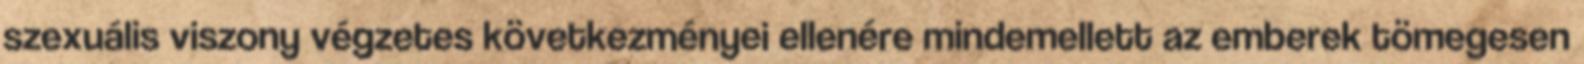
szexuális viszony végzetes következményei ellenére mindemellett az emberek tömegesen